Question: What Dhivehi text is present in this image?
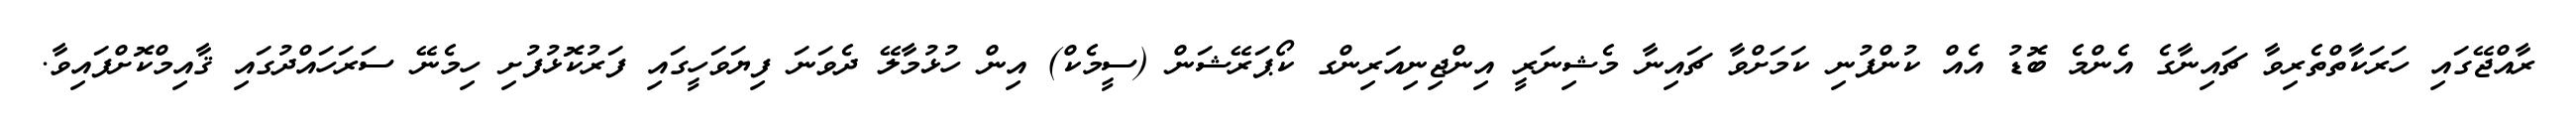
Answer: ރާއްޖޭގައި ހަރަކާތްތެރިވާ ޗައިނާގެ އެންމެ ބޮޑު އެއް ކުންފުނި ކަމަށްވާ ޗައިނާ މެޝިނަރީ އިންޖިނިއަރިންގ ކޯޕަރޭޝަން (ސީމެކް) އިން ހުޅުމާލޭ ދެވަނަ ފިޔަވަހީގައި ފަރުކޮޅުފުށި ހިމެނޭ ސަރަހައްދުގައި ޤާއިމްކޮށްފައިވާ.